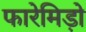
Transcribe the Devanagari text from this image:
फारेमिड़ो